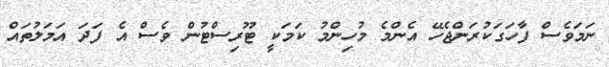
ނަމަވެސް ފާހަގަކުރަންޖެހޭ އެންމެ މުހިންމު ކަމަކީ ޓޫރިސްޓުން ވެސް އެ ފަދަ އަމަލުތައް